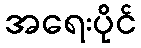
အရေးပိုင်